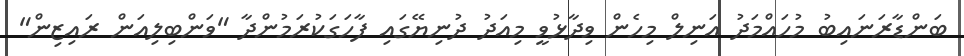
ބަންޑާރަނައިބު މުހައްމަދު އަނިލް މިހެން ވިދާޅުވީ މިއަދު ދުނިޔޭގައި ފާހަގަކުރަމުންދާ "ވަންބިލިއަން ރައިޒިން"